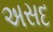
અસદ